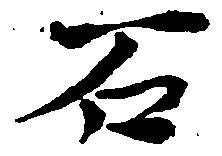
石